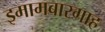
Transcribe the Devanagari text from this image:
इमामबारगाह